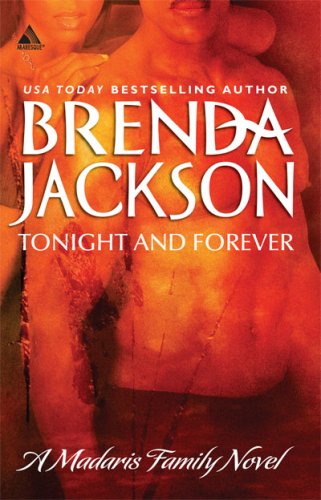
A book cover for Tonight And Forever (Madaris Family); Brenda Jackson; Literature & Fiction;